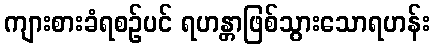
ကျားစားခံရစဉ်ပင် ရဟန္တာဖြစ်သွားသောရဟန်း